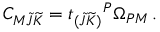
C _ { M \widetilde J \widetilde K } = t _ { ( \widetilde { J } \widetilde { K } ) } { } ^ { P } \Omega _ { P M } \, .